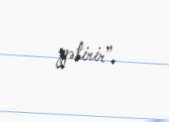
gətirir”.